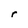
Character: r